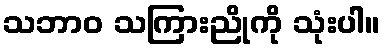
သဘာဝ သကြားညိုကို သုံးပါ။